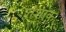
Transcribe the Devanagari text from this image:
शंशांक